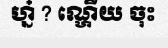
ហ្ន៎ ? ណ្ហើយ ចុះ